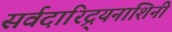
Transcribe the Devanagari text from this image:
सर्वदारिद्र्यनाशिनी